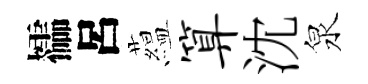
櫺呂藴算沈泉